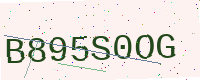
Text: B895S0OG